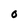
Character: 0